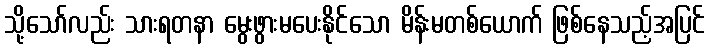
သို့သော်လည်း သားရတနာ မွေးဖွားမပေးနိုင်သော မိန်းမတစ်ယောက် ဖြစ်နေသည့်အပြင်